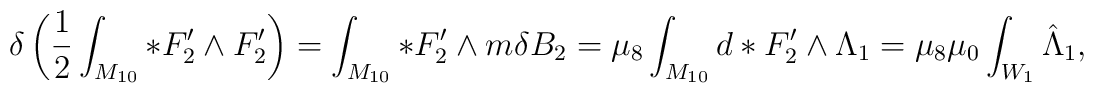
\delta \left({1\over 2}\int_{M_{10}} *F_2' \wedge F_2'\right)=\int_{M_{10}} *F_2'\wedge m \delta B_2 =\mu_8 \int_{M_{10}} d*F_2' \wedge \Lambda_1=\mu_8 \mu_0 \int_{W_1} \hat{\Lambda}_1,